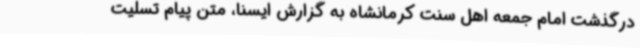
درگذشت امام جمعه اهل سنت کرمانشاه به گزارش ایسنا، متن پیام تسلیت